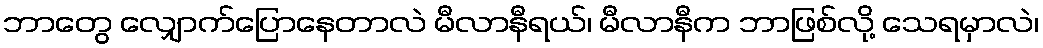
ဘာတွေ လျှောက်ပြောနေတာလဲ မီလာနီရယ်၊ မီလာနီက ဘာဖြစ်လို့ သေရမှာလဲ၊